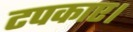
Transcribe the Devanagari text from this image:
टपकाए।